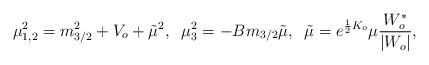
LaTeX: \begin{align*}\mu_{1,2}^2= m_{3/2}^2 + V_o +{\tilde \mu}^2,\;\;\mu_3^2= -B m_{3/2}{\tilde\mu},\;\;{\tilde \mu}=e^{\frac{1}{2}K_o} \mu \frac{W_o^{*}}{|W_o|},\end{align*}